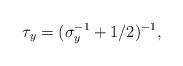
LaTeX: \begin{align*}\tau_y = (\sigma_y^{-1}+1/2)^{-1},\end{align*}